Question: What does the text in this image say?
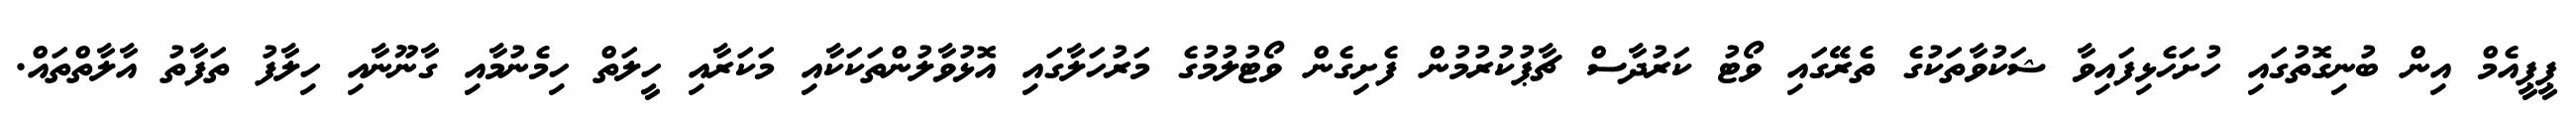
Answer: ޕީޕީއެމް އިން ބުނިގޮތުގައި ހުށަހެޅިފައިވާ ޝަކުވާތަކުގެ ތެރޭގައި ވޯޓު ކަރުދާސް ޗާޕުކުރުމުން ފެށިގެން ވޯޓުލުމުގެ މަރުހަލާގައި އޮޅުވާލުންތަކަކާއި މަކަރާއި ހީލަތް ހިމެނުމާއި ގާނޫނާއި ހިލާފު ތަފާތު އާލާތްތައް.